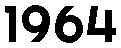
1964